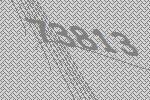
73813